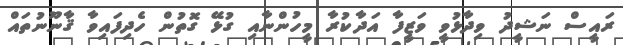
ރައީސް ނަޝީދު ވިދާޅުވީ ވަޒީފާ އަދާކުރާ މީހުންނާއި ގުޅޭ ގޮތުން ހެދިފައިވާ ޤާނޫނުތައް